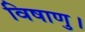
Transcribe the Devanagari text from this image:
विषाणु।